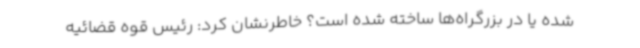
شده یا در بزرگراه‌ها ساخته شده است؟ خاطرنشان کرد: رئیس قوه قضائیه